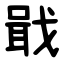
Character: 戢